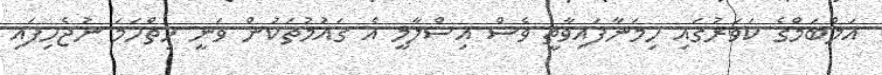
އަލްބަމްގެ ކަވަރުގައި ހިމަނާފައިވާތީ ވެސް އިސްލާމީ އެ ގައުމުތަކުން ވަނީ ހިތްހަމަ ނުޖެހިފައި